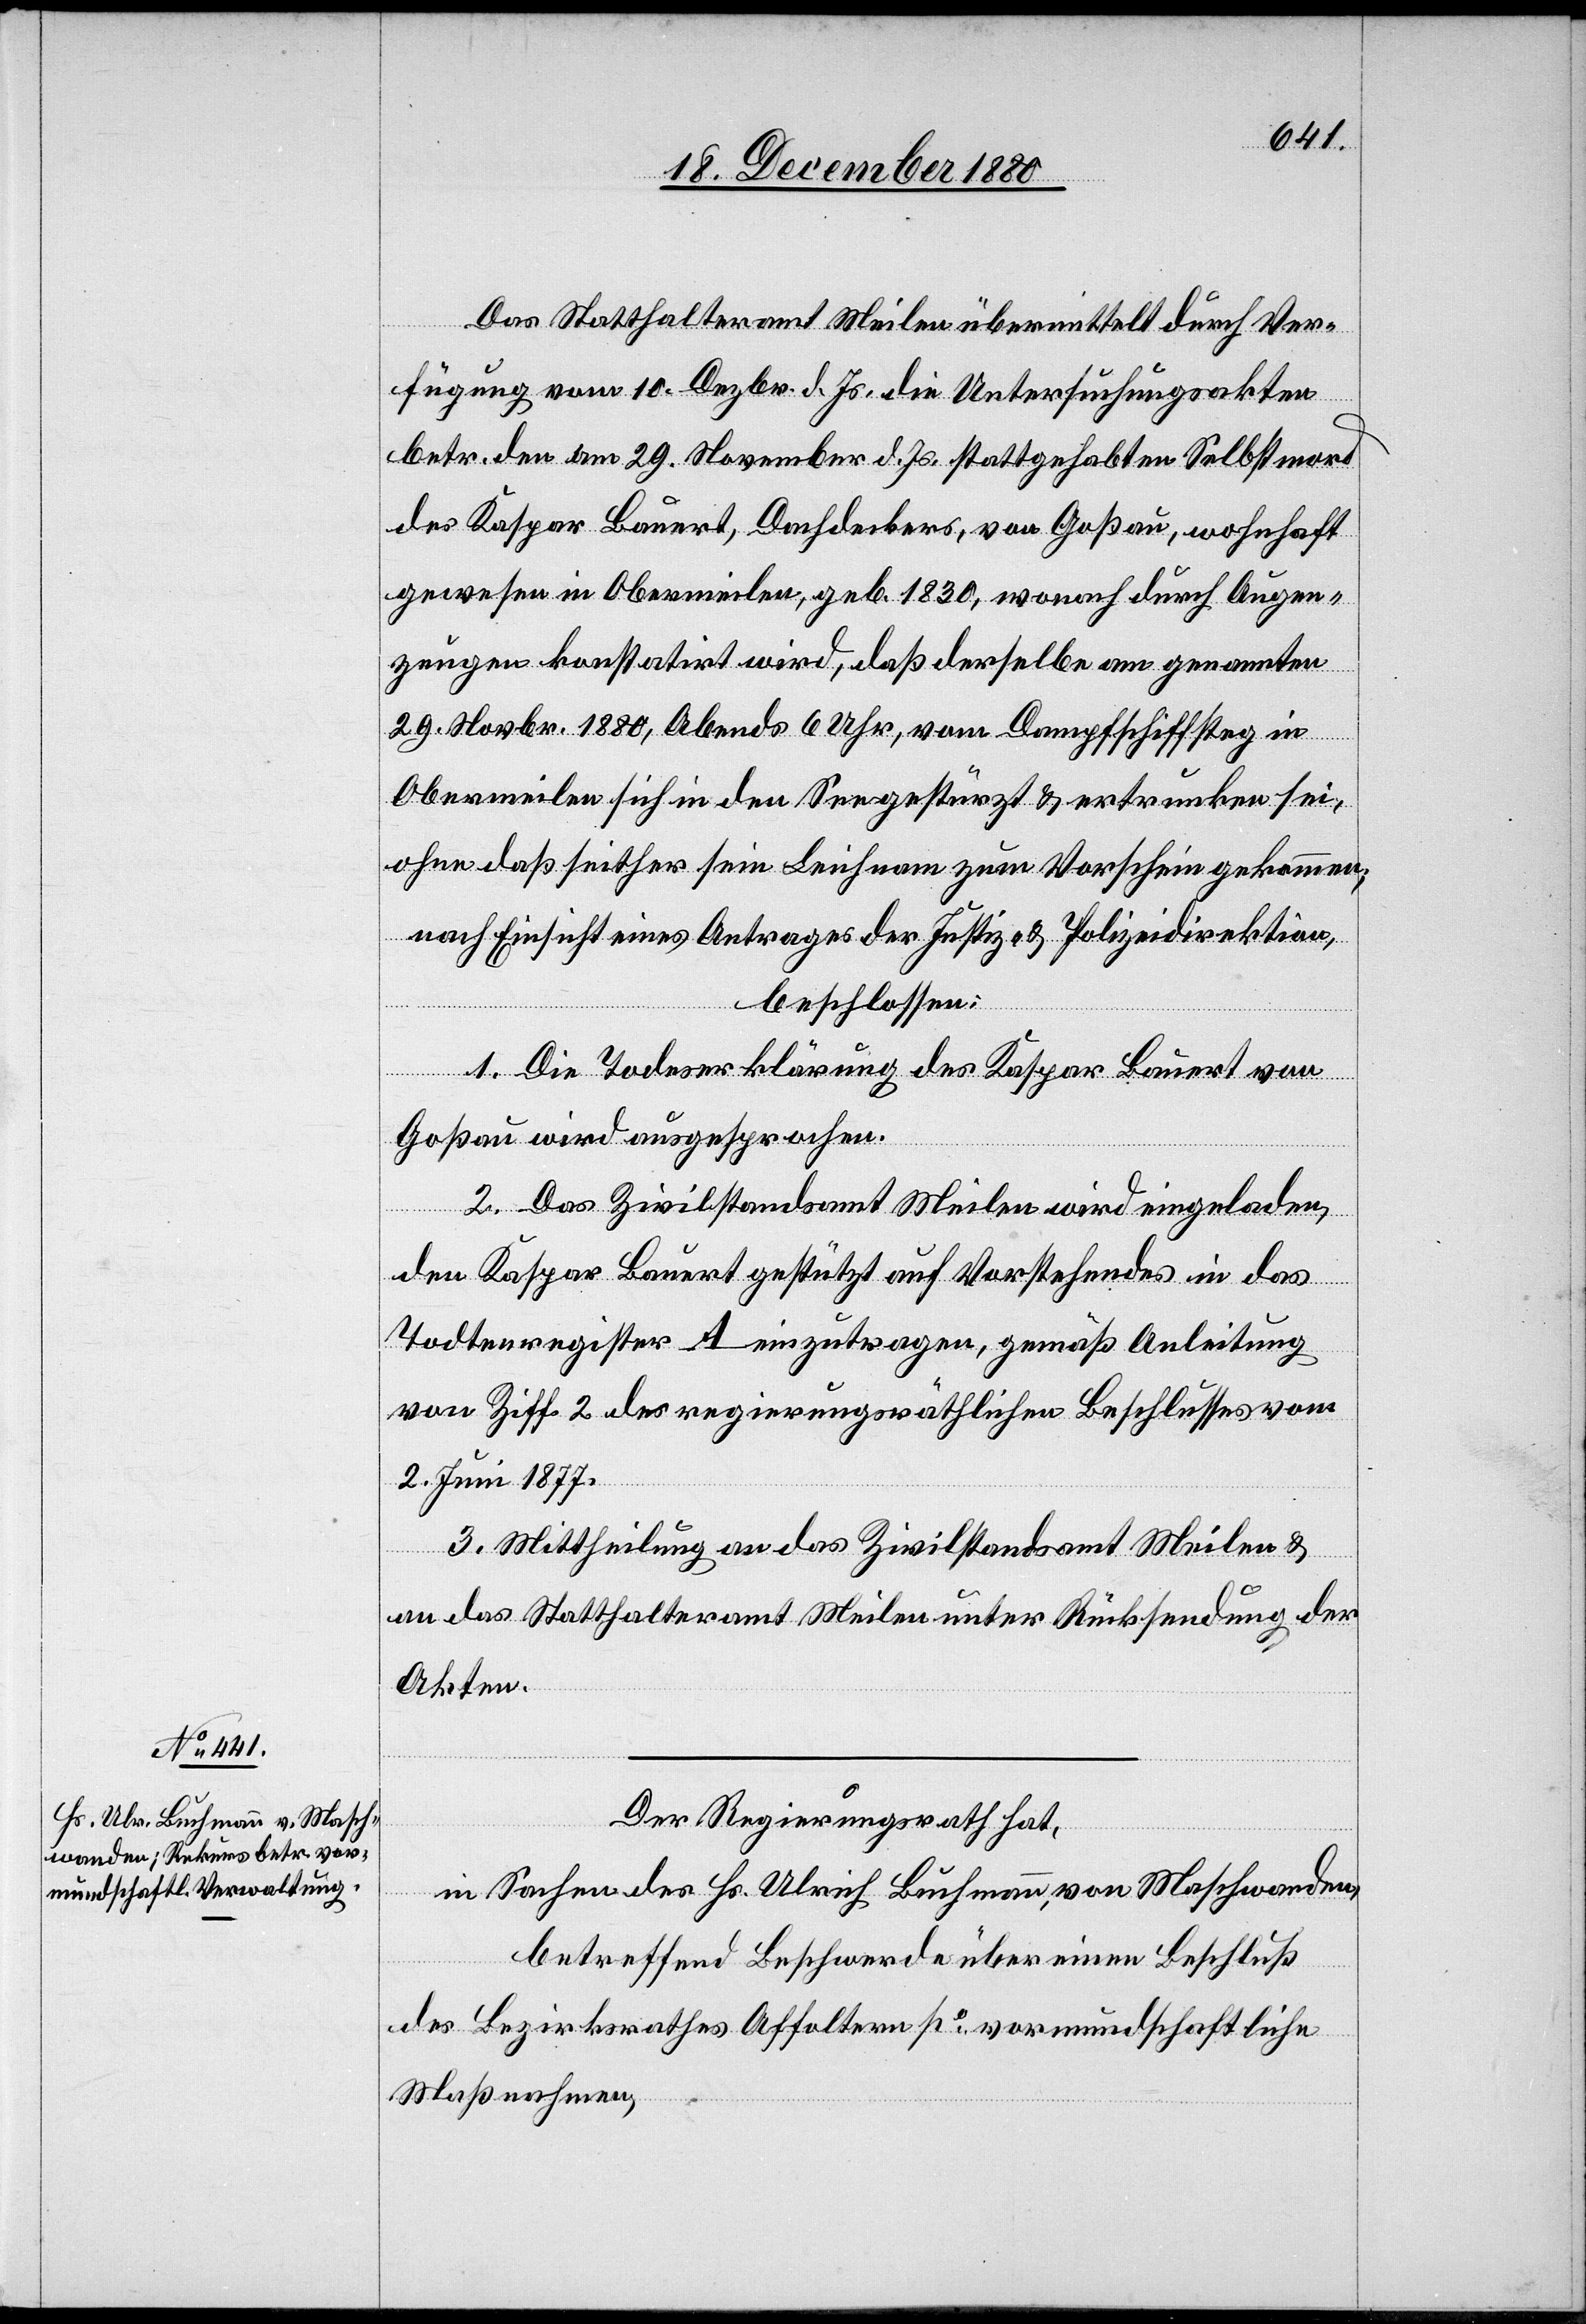
Das Statthalteramt Meilen übermittelt durch Ver¬
fügung vom 10. Dezbr. d. Js. die Untersuchungsakten
betr. den am 29. November d. Js. stattgehabten Selbstmord
des Kaspar Bauert, Dachdecker, von Goßau, wohnhaft
gewesen in Obermeilen, geb. 1830, wonach durch Augen¬
zeugen konstatirt wird, daß derselbe am genannten
29. Novbr. 1880, Abends 6 Uhr, vom Dampfschiffsteg in
Obermeilen sich in den See gestürzt & ertrunken sei,
ohne daß seither sein Leichnam zum Vorschein gekommen;
nach Einsicht eines Antrages der Justiz- & Polizeidirektion,
beschlossen:
1. Die Todeserklärung des Kaspar Bauert von
Goßau wird ausgesprochen.
2. Das Zivilstandsamt Meilen wird eingeladen,
den Kaspar Bauert gestützt auf Vorstehendes in das
Todtenregister A einzutragen, gemäß Anleitung
von Ziff. 2 des regierungsräthlichen Beschlusses vom
2. Juni 1877.
3. Mittheilung an das Zivilstandsamt Meilen &
an das Statthalteramt Meilen unter Rücksendung der
Akten.
Der Regierungsrath hat,
in Sachen des Hs. Ulrich Buchmann, von Maschwanden,
betreffend Beschwerde über einen Beschluß
des Bezirksrathes Affoltern po vormundschaftliche
Maßnahmen,